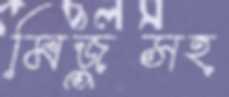
মিজুসহ